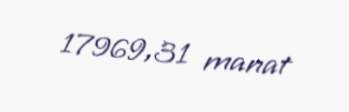
17969,31 manat